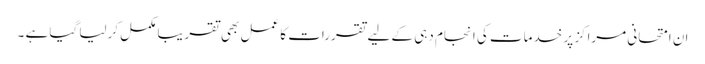
ان امتحانی مراکز پر خدمات کی انجام دہی کے لیے تقررات کا عمل بھی تقریبا مکمل کرلیا گیا ہے ۔